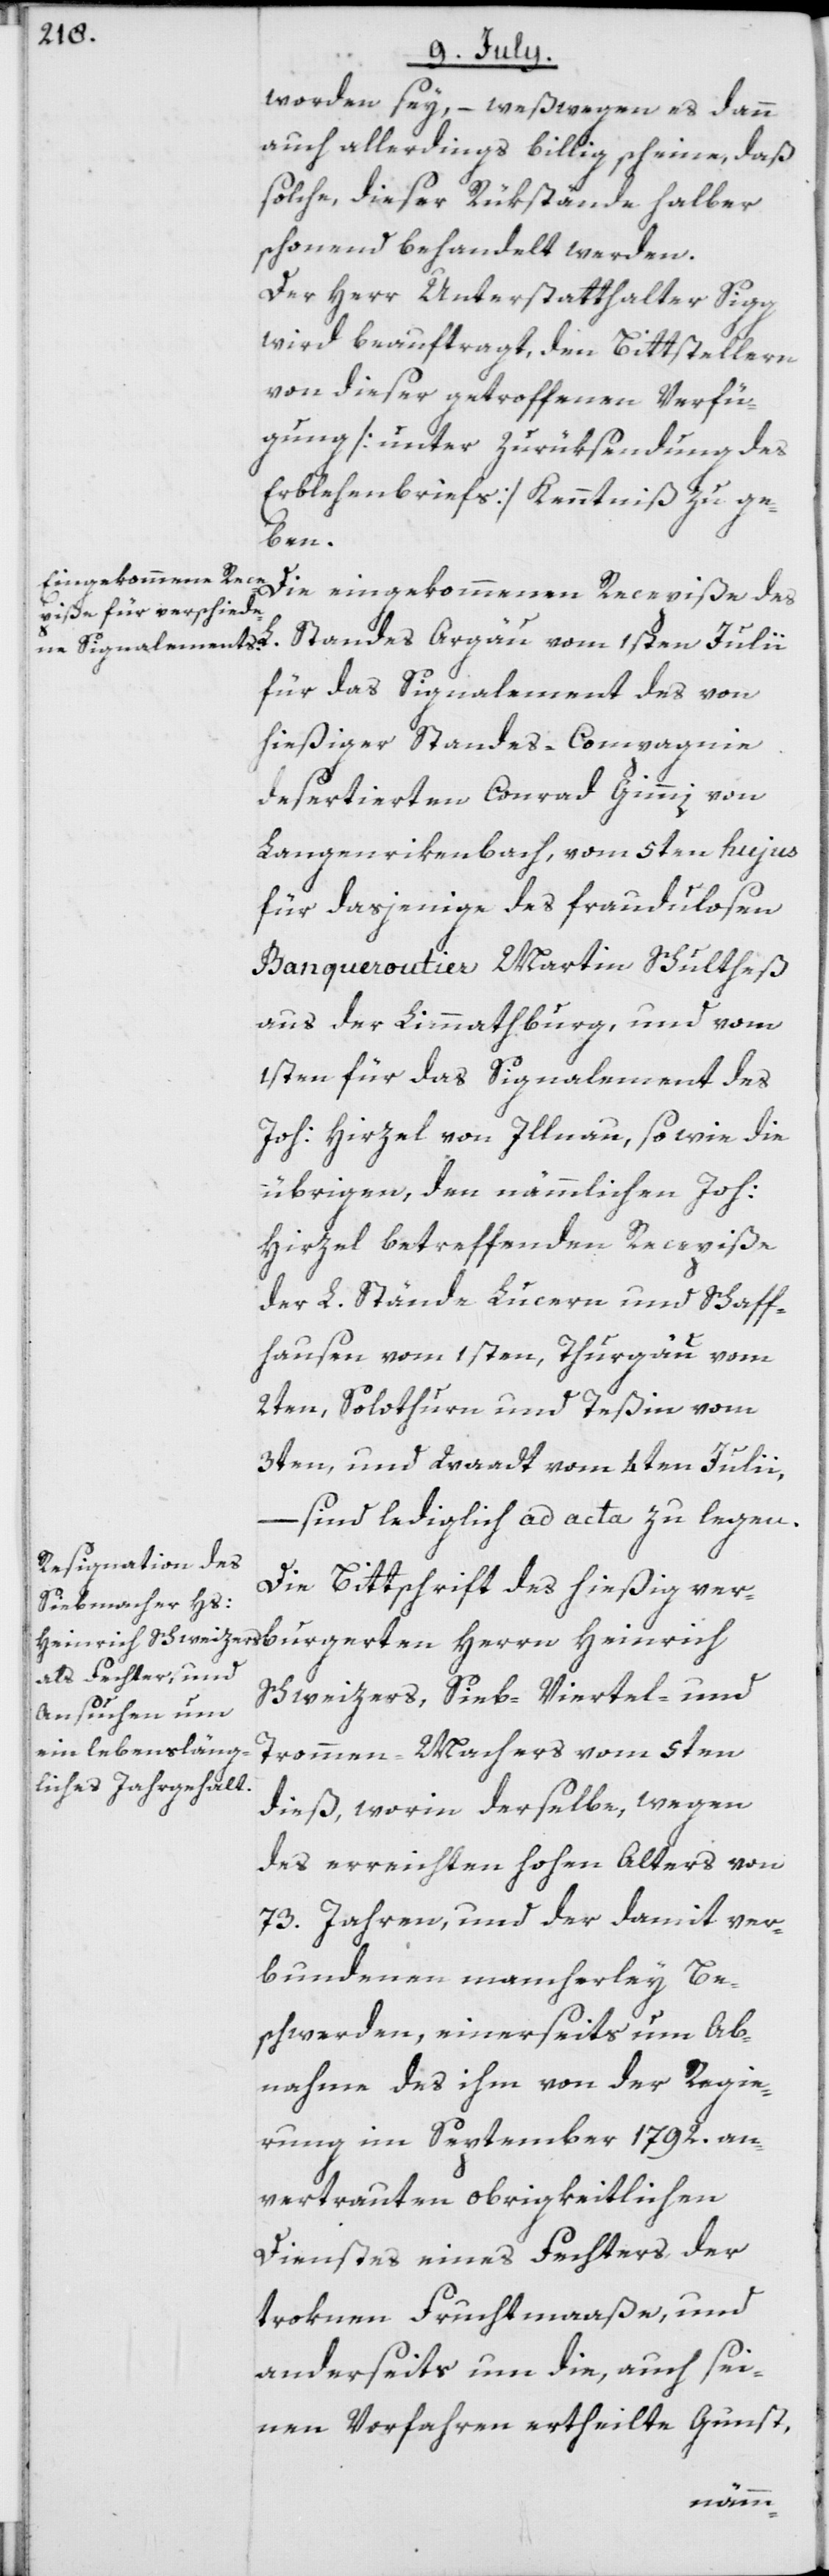
worden sey, – weßwegen es dann
auch allerdings billig scheine, daß
solche, dieser Rükstände halber
schonend behandelt werden.
Der Herr Unterstatthalter Sigg
wird beauftragt, den Bittstellern
von dieser getroffenen Verfü¬
gung [unter Zurüksendung des
Erblehenbriefs] Kenntniß zu ge¬
ben.
Die eingekommenen Recepiße des
Standes Argau vom 1sten Julii
für das Signalement des von
hießiger Standes-Compagnie
desertierten Conrad Gimmi von
Langenrikenbach, vom 5ten hujus
für dasjenige des fraudulosen
Banqueroutier Martin Schultheß
aus der Limmathburg, und vom
1sten für das Signalement des
Joh: Hirzel von Illnau, so wie die
übrigen, den nämmlichen Joh:
Hirzel betreffenden Recepiße
der L. Stände Lucern und Schaff¬
hausen vom 1sten, Thurgau vom
2ten, Solothurn und Teßin vom
3ten, und Waadt vom 4ten Juli¬
burgerten
– sind lediglich ad acta zu legen.
Die Bittschrift des hießig ver¬
Schweizers, Sieb-[,] Viertel- und
Trommen-Machers vom 5ten
dieß, worin derselbe, wegen
des erreichten hohen Alters von
73. Jahren, und der damit ver¬
bundenen mancherley Be¬
schwerden, einerseits um Ab¬
nahme des ihm von der Regie¬
rung im September 1792. an¬
vertrauten obrigkeitlichen
Dienstes eines Fechters der
troknen Fruchtmaaße, und
anderseits um die, auch sei¬
nen Vorfahren ertheilte Gunst,